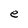
Character: e